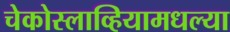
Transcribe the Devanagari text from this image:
चेकोस्लाव्हियामधल्या